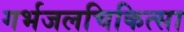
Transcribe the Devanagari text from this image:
गर्भजलचिकित्सा